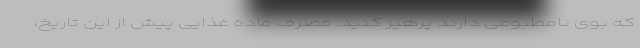
که بوی نامطبوعی دارند پرهیز کنید. مصرف ماده غذایی پیش از این تاریخ،